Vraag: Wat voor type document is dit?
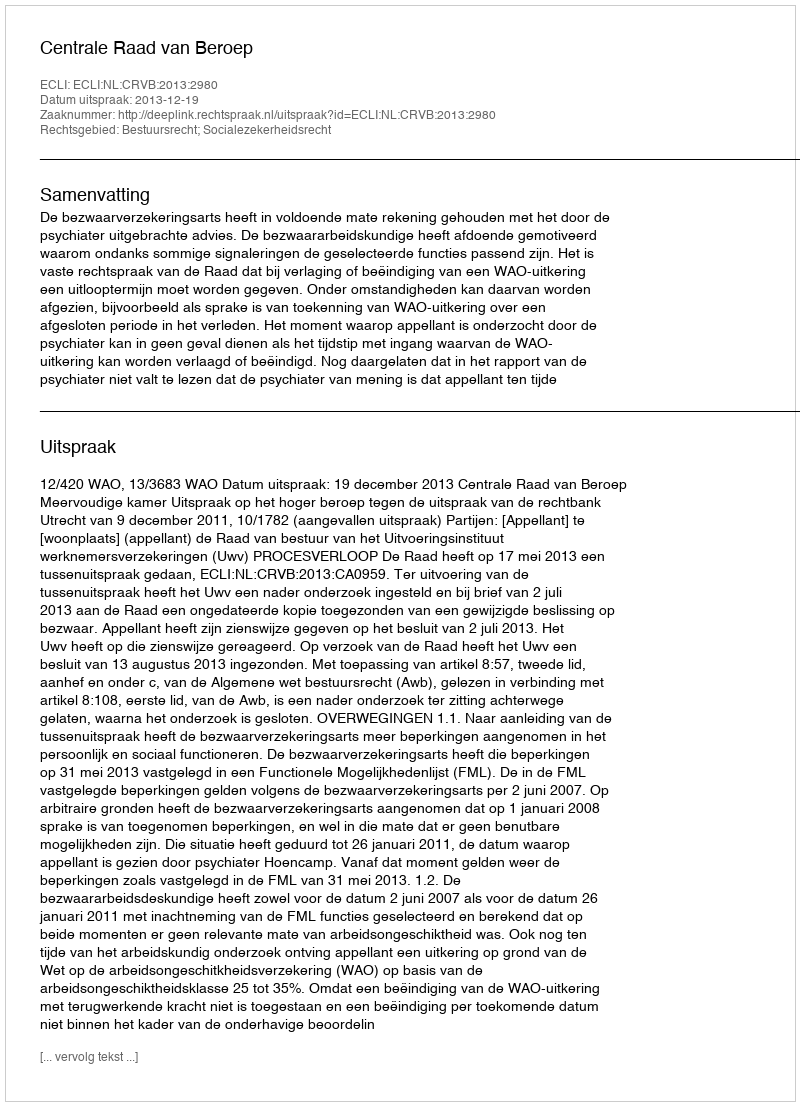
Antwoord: Uitspraak